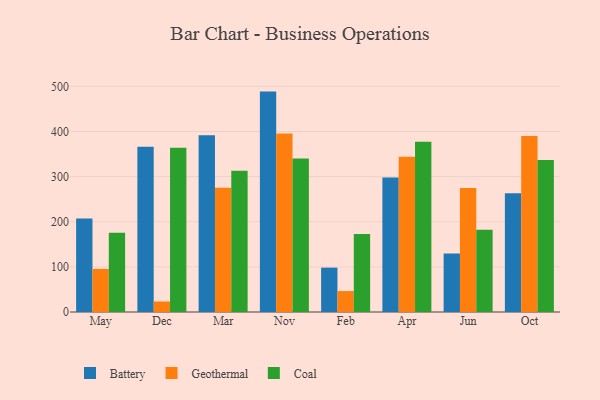
{"axis": {"x": "Month", "y": "Waste Production (Tons)"}, "legend": ["Battery", "Coal", "Geothermal"], "data": [{"x": "May", "y": 207.2, "type": "Battery"}, {"x": "May", "y": 95.5, "type": "Geothermal"}, {"x": "May", "y": 175.4, "type": "Coal"}, {"x": "Dec", "y": 366.4, "type": "Battery"}, {"x": "Dec", "y": 23.3, "type": "Geothermal"}, {"x": "Dec", "y": 363.9, "type": "Coal"}, {"x": "Mar", "y": 391.5, "type": "Battery"}, {"x": "Mar", "y": 275.4, "type": "Geothermal"}, {"x": "Mar", "y": 313.1, "type": "Coal"}, {"x": "Nov", "y": 488.4, "type": "Battery"}, {"x": "Nov", "y": 395.6, "type": "Geothermal"}, {"x": "Nov", "y": 340.2, "type": "Coal"}, {"x": "Feb", "y": 98.3, "type": "Battery"}, {"x": "Feb", "y": 46.4, "type": "Geothermal"}, {"x": "Feb", "y": 172.8, "type": "Coal"}, {"x": "Apr", "y": 298.2, "type": "Battery"}, {"x": "Apr", "y": 344.2, "type": "Geothermal"}, {"x": "Apr", "y": 377.2, "type": "Coal"}, {"x": "Jun", "y": 129.4, "type": "Battery"}, {"x": "Jun", "y": 274.9, "type": "Geothermal"}, {"x": "Jun", "y": 182.4, "type": "Coal"}, {"x": "Oct", "y": 263.4, "type": "Battery"}, {"x": "Oct", "y": 390.0, "type": "Geothermal"}, {"x": "Oct", "y": 336.8, "type": "Coal"}]}